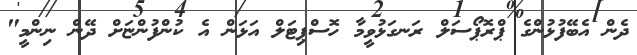
ދެން އެބޭފުޅުންގެ ޕްރޮޕޯސަލް ރަނގަޅުވީމާ ހޮސްޕިޓަލް އަޅަން އެ ކުންފުންޏަށް ދޭން ނިންމީ"